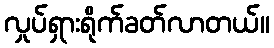
လှုပ်ရှားရိုက်ခတ်လာတယ်။